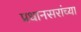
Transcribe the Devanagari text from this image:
प्रधानसरांच्या